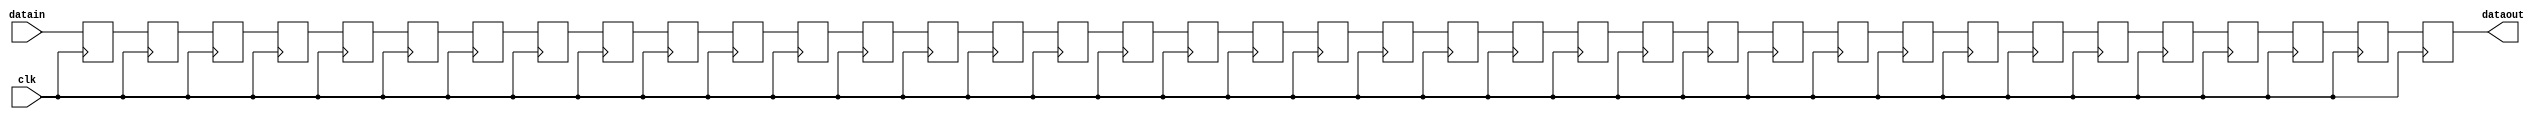
module delay16x37 (datain, dataout, clk);
    input[16 - 1:0] datain; 
    output[16 - 1:0] dataout; 
    wire[16 - 1:0] dataout;
    input clk; 
    reg[16 - 1:0] buff0; 
    reg[16 - 1:0] buff1; 
    reg[16 - 1:0] buff2; 
    reg[16 - 1:0] buff3; 
    reg[16 - 1:0] buff4; 
    reg[16 - 1:0] buff5; 
    reg[16 - 1:0] buff6; 
    reg[16 - 1:0] buff7; 
    reg[16 - 1:0] buff8; 
    reg[16 - 1:0] buff9; 
    reg[16 - 1:0] buff10; 
    reg[16 - 1:0] buff11; 
    reg[16 - 1:0] buff12; 
    reg[16 - 1:0] buff13; 
    reg[16 - 1:0] buff14; 
    reg[16 - 1:0] buff15; 
    reg[16 - 1:0] buff16; 
    reg[16 - 1:0] buff17; 
    reg[16 - 1:0] buff18; 
    reg[16 - 1:0] buff19; 
    reg[16 - 1:0] buff20; 
    reg[16 - 1:0] buff21; 
    reg[16 - 1:0] buff22; 
    reg[16 - 1:0] buff23; 
    reg[16 - 1:0] buff24; 
    reg[16 - 1:0] buff25; 
    reg[16 - 1:0] buff26; 
    reg[16 - 1:0] buff27; 
    reg[16 - 1:0] buff28; 
    reg[16 - 1:0] buff29; 
    reg[16 - 1:0] buff30; 
    reg[16 - 1:0] buff31; 
    reg[16 - 1:0] buff32; 
    reg[16 - 1:0] buff33; 
    reg[16 - 1:0] buff34; 
    reg[16 - 1:0] buff35; 
    reg[16 - 1:0] buff36; 
    assign dataout = buff36 ;
    always @(posedge clk)
    begin
       buff0 <= datain ; 
		buff1 <= buff0;
		buff2 <= buff1;
		buff3 <= buff2;
		buff4 <= buff3;
		buff5 <= buff4;
		buff6 <= buff5;
		buff7 <= buff6;
		buff8 <= buff7;
		buff9 <= buff8;
		buff10 <= buff9;
		buff11 <= buff10;
		buff12 <= buff11;
		buff13 <= buff12;
		buff14 <= buff13;
		buff15 <= buff14;
		buff16 <= buff15;
		buff17 <= buff16;
		buff18 <= buff17;
		buff19 <= buff18;
		buff20 <= buff19;
		buff21 <= buff20;
		buff22 <= buff21;
		buff23 <= buff22;
		buff24 <= buff23;
		buff25 <= buff24;
		buff26 <= buff25;
		buff27 <= buff26;
		buff28 <= buff27;
		buff29 <= buff28;
		buff30 <= buff29;
		buff31 <= buff30;
		buff32 <= buff31;
		buff33 <= buff32;
		buff34 <= buff33;
		buff35 <= buff34;
		buff36 <= buff35;
    end 
 endmodule